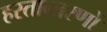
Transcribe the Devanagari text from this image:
हस्तान्तरणों